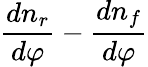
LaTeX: {\frac{dn_{r}}{d\varphi}}-{\frac{dn_{f}}{d\varphi}}